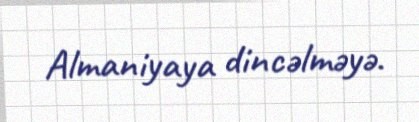
Almaniyaya dincəlməyə.